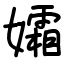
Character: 孀